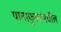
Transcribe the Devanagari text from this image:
पानाफुलांमधील